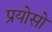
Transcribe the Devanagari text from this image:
प्रयोसो